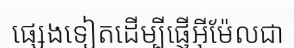
ផ្សេងទៀតដើម្បីផ្ញើអ៊ីម៉ែលជា